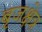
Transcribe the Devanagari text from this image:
बृजक्षेत्र